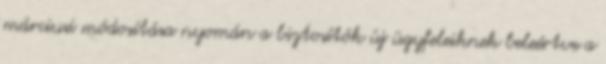
márciusi módosítása nyomán a biztosítók új ügyfeleiknek beleértve a